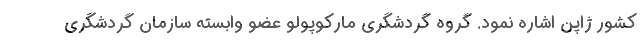
کشور ژاپن اشاره نمود. گروه گردشگری مارکوپولو عضو وابسته سازمان گردشگری